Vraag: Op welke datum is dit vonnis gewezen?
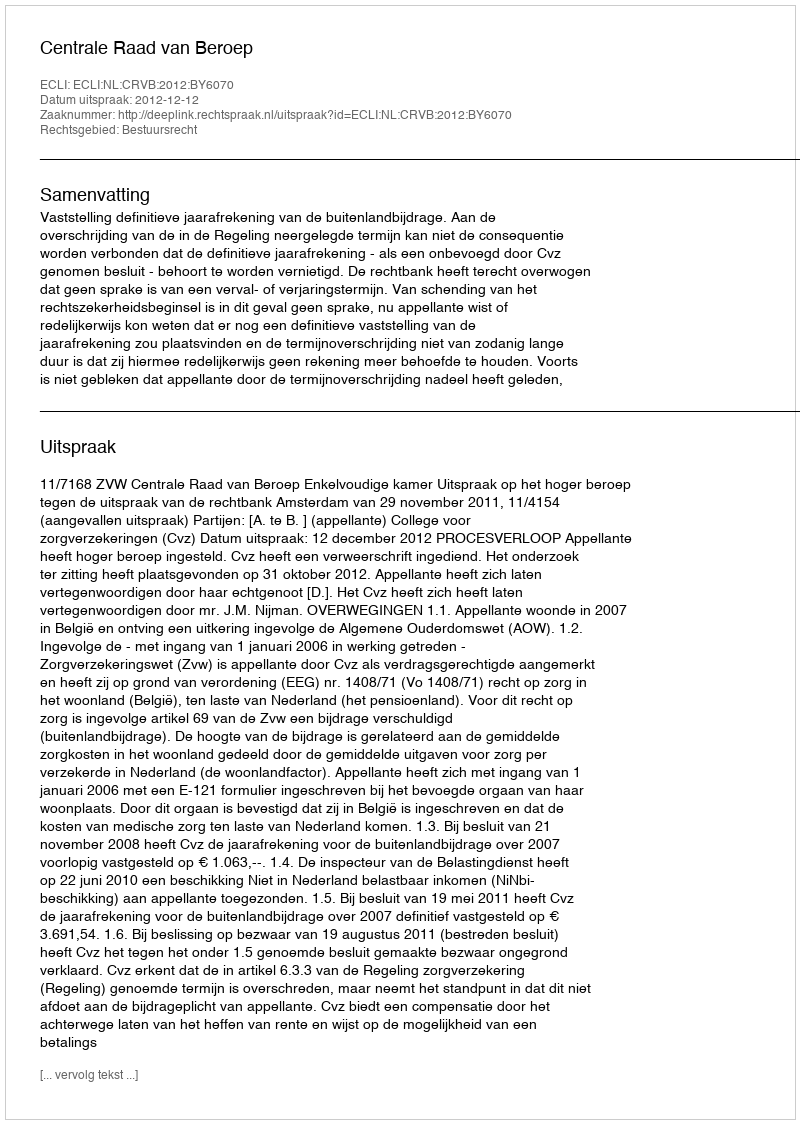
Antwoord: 2012-12-12